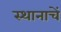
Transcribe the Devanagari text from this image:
स्थानाचें